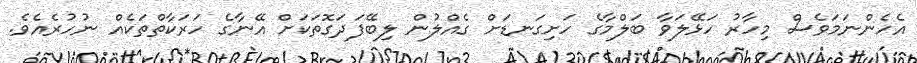
އެހެންނަމަވެސް މިހާރު ހަޅޭލަވާ ބަލްމާގެ ހަށިގަނޑަށް ގެއްލުން ލިބޭފަދަގޮތަކަށް އޭނާގެ ހަރަކާތްތަކެއް ނުހުރެއެވެ.